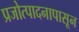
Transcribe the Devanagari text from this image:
प्रजोत्पादनापासून